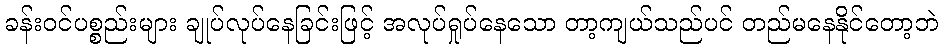
ခန်းဝင်ပစ္စည်းများ ချုပ်လုပ်နေခြင်းဖြင့် အလုပ်ရှုပ်နေသော တာ့ကျယ်သည်ပင် တည်မနေနိုင်တော့ဘဲ